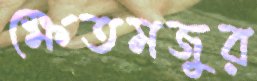
ক্ষেতমজুর